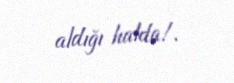
aldığı halda!.